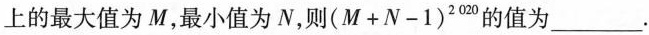
上的最大值为M，最小值为N，则$$( M + N - 1 ) ^ { 2 0 2 0 }$$的值为___.